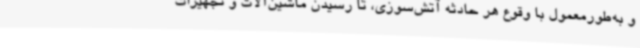
و به‌طورمعمول با وقوع هر حادثه آتش‌سوزی، تا رسیدن ماشین‌آلات و تجهیزات